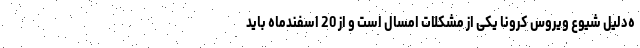
ه‌دلیل شیوع ویروس کرونا یکی از مشکلات امسال است و از 20 اسفندماه باید